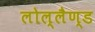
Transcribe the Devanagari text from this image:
लोल्लैण्ड